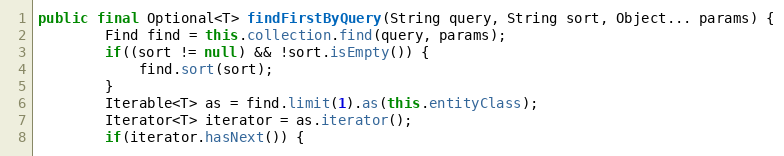
Language: Java
public final Optional<T> findFirstByQuery(String query, String sort, Object... params) {
        Find find = this.collection.find(query, params);
        if((sort != null) && !sort.isEmpty()) {
            find.sort(sort);
        }
        Iterable<T> as = find.limit(1).as(this.entityClass);
        Iterator<T> iterator = as.iterator();
        if(iterator.hasNext()) {